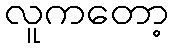
လူကတော့